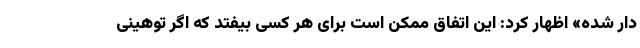
دار شده» اظهار کرد: این اتفاق ممکن است برای هر کسی بیفتد که اگر توهینی